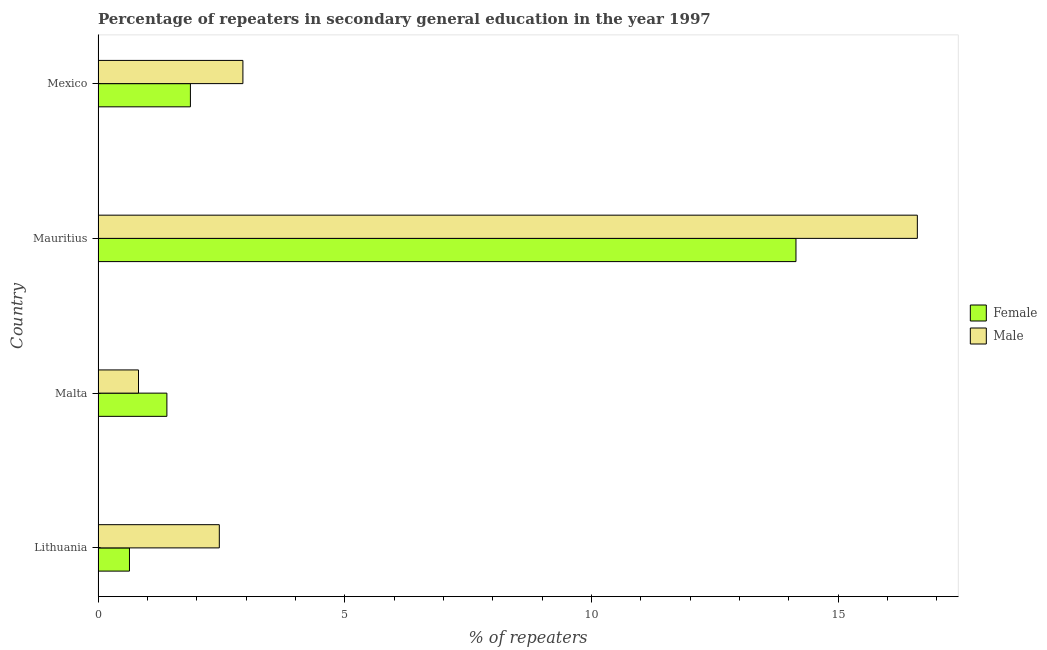
| Country | Female | Male |
 | --- | --- | --- |
 | Lithuania | 0.637 | 2.46 |
 | Malta | 1.4 | 0.82 |
 | Mauritius | 14.1 | 16.6 |
 | Mexico | 1.87 | 2.94 |